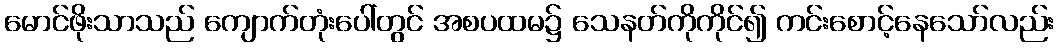
မောင်ဖိုးသာသည် ကျောက်တုံးပေါ်တွင် အစပထမ၌ သေနတ်ကိုကိုင်၍ ကင်းစောင့်နေသော်လည်း